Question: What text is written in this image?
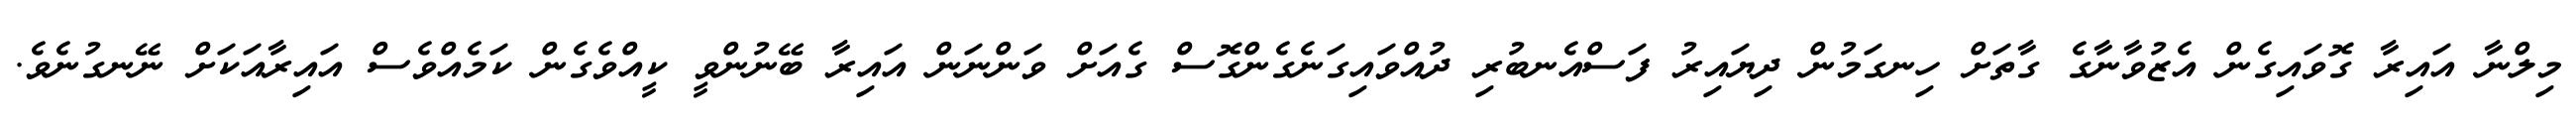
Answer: މިލްނާ އައިރާ ގޮވައިގެން އެޒުވާނާގެ ގާތަށް ހިނގަމުން ދިޔައިރު ފަސްއެނބުރި ދުއްވައިގަނެގެންގޮސް ގެއަށް ވަންނަން އައިރާ ބޭނުންވީ ކީއްވެގެން ކަމެއްވެސް އައިރާއަކަށް ނޭނގުނެވެ.